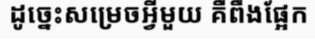
ដូច្នេះសម្រេចអ្វីមួយ គឺពឹងផ្អែក